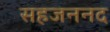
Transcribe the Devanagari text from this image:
सहजननद